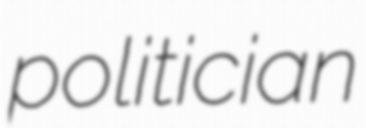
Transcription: politician